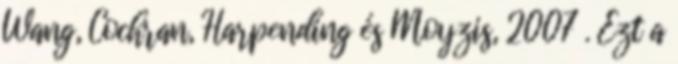
Wang, Cochran, Harpending és Moyzis, 2007 . Ezt a